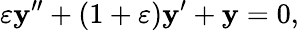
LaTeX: \varepsilon\mathbf{y}^{\prime\prime}+(1+\varepsilon)\mathbf{y}^{\prime}+\mathbf{y}=0,